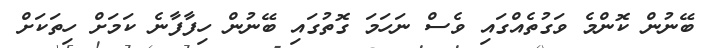
ބޭނުން ކޮންމެ ވަގުތެއްގައި ވެސް ނަހަމަ ގޮތުގައި ބޭނުން ހިފާފާނެ ކަމަށް ހިތަކަށް